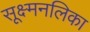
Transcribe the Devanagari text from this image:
सूक्ष्मनलिका